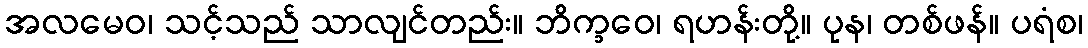
အလမေဝ၊ သင့်သည် သာလျင်တည်း။ ဘိက္ခဝေ၊ ရဟန်းတို့။ ပုန၊ တစ်ဖန်။ ပရံစ၊